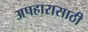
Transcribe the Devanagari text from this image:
अपहारासाठी